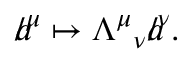
{ a \! \! \! / } ^ { \mu } \mapsto { \Lambda ^ { \mu } } _ { \nu } { a \! \! \! / } ^ { \nu } .